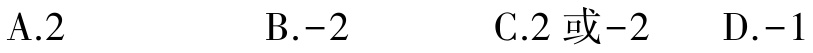
A.$2$  B.$-2$  C.$2\text{ 或}-2$  D.$-1$